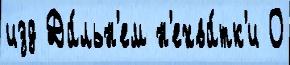
изд Да́льн'ем н'ехва́тк'и О